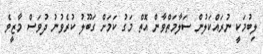
ލިބުމަކީ ނުރައްކަލުން ސަލާމަތްވާން އޮތް މަގު ކަމަށް ގަބޫލު ކުރެވުނު ދުވަސް މާޒީވެ